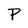
Character: P